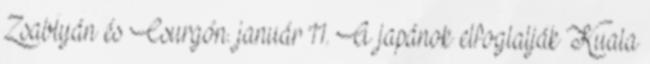
Zsablyán és Csurgón. január 11. A japánok elfoglalják Kuala